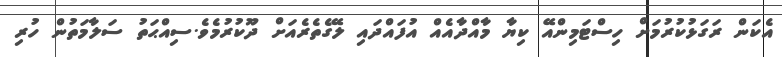
އެކަން ރަގަޅުކުރުމަށް ހިސްޓަމިންއޭ ކިޔާ މާއްދާއެއް އުފައްދައި ލޭގެތެރެއަށް ދޫކުރުމެވެ.ސިއްޙަތު ސަލާމަތުން ހުރި